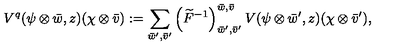
V ^ { q } ( \psi \otimes \bar { w } , z ) ( \chi \otimes \bar { v } ) : = \sum _ { \bar { w } ^ { \prime } , \bar { v } ^ { \prime } } \left( \widetilde { F } ^ { - 1 } \right) _ { \bar { w } ^ { \prime } , \bar { v } ^ { \prime } } ^ { \bar { w } , \bar { v } } V ( \psi \otimes \bar { w } ^ { \prime } , z ) ( \chi \otimes \bar { v } ^ { \prime } ) ,